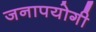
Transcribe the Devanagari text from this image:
जनापयोगी